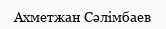
Ахметжан Сәлімбаев